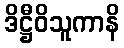
ဒိဋ္ဌီဝိသူကာနိ